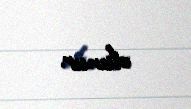
olunur.